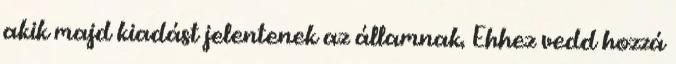
akik majd kiadást jelentenek az államnak. Ehhez vedd hozzá